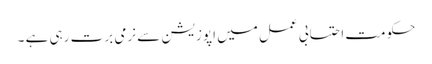
حکومت احتسابی عمل میں اپوزیشن سے نرمی برت رہی ہے ۔